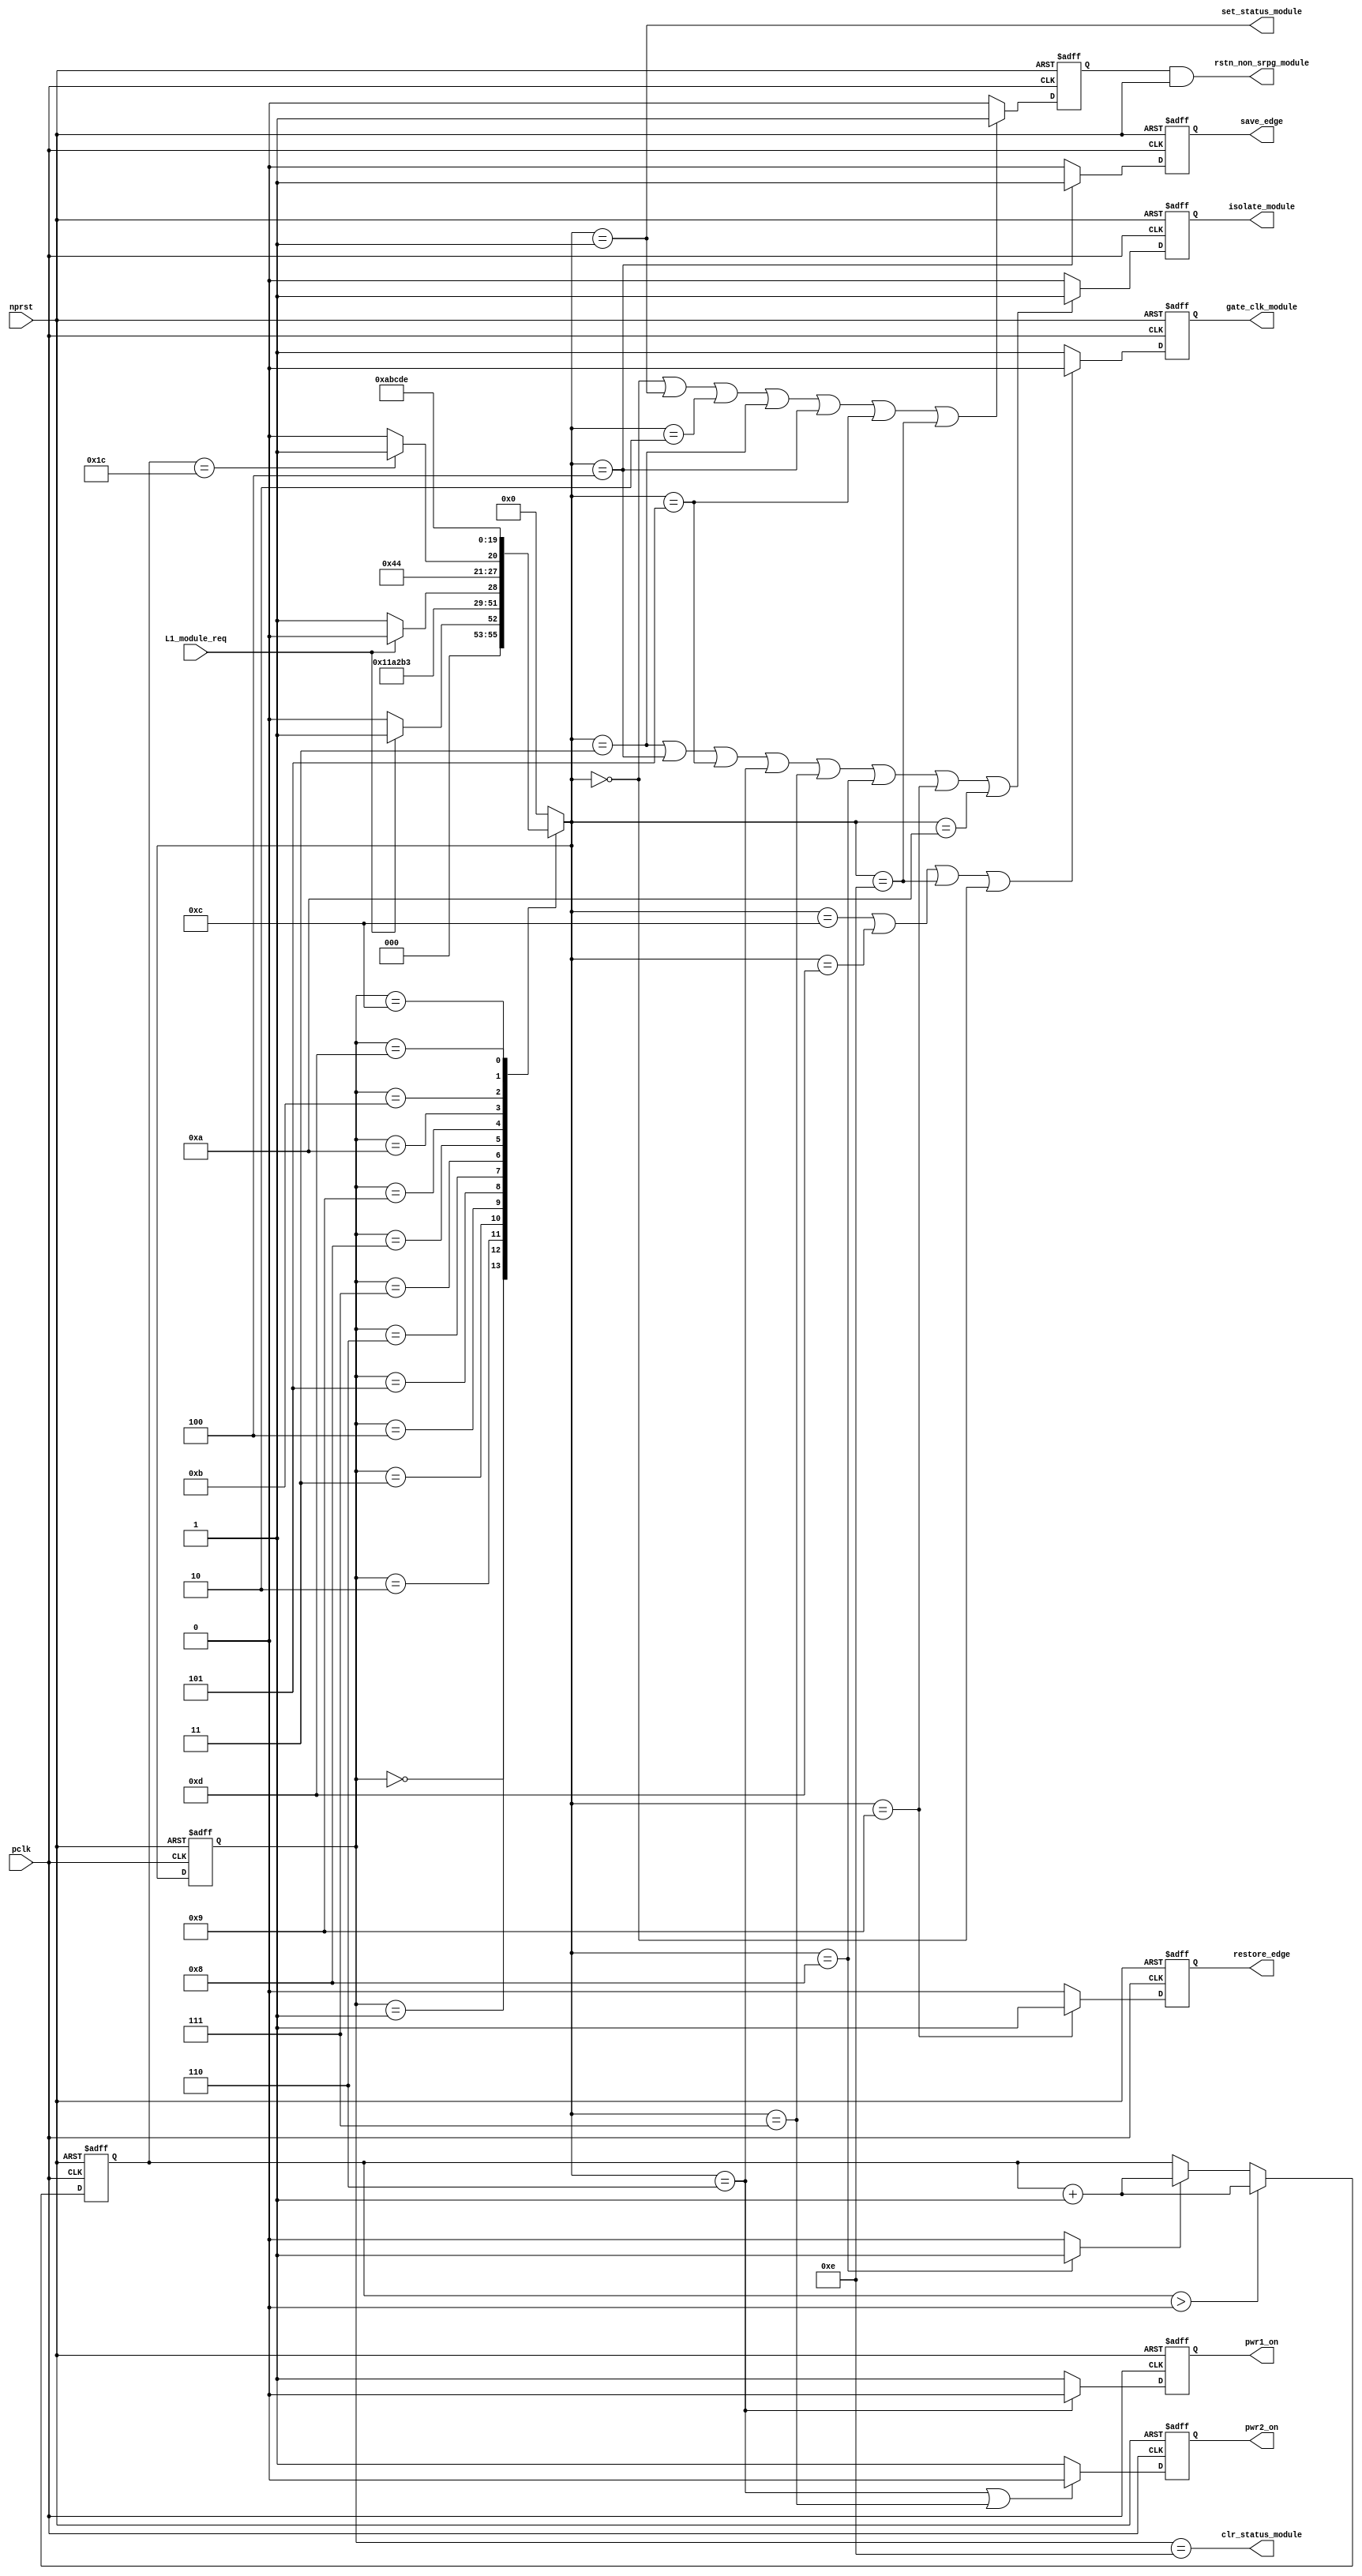
//Title       : Power Controller state machine
//Description : State machine of power controller
//Notes       : 
//----------------------------------------------------------------------
//   Copyright 1999-2010 Cadence Design Systems, Inc.
//   All Rights Reserved Worldwide
//
//   Licensed under the Apache License, Version 2.0 (the
//   "License"); you may not use this file except in
//   compliance with the License.  You may obtain a copy of
//   the License at
//
//       http://www.apache.org/licenses/LICENSE-2.0
//
//   Unless required by applicable law or agreed to in
//   writing, software distributed under the License is
//   distributed on an "AS IS" BASIS, WITHOUT WARRANTIES OR
//   CONDITIONS OF ANY KIND, either express or implied.  See
//   the License for the specific language governing
//   permissions and limitations under the License.
//----------------------------------------------------------------------
module power_ctrl_sm (

    // Clocks & Reset
    pclk,
    nprst,

    // Register Control inputs
    L1_module_req,
    set_status_module,
    clr_status_module,

    // Module control outputs
    rstn_non_srpg_module,
    gate_clk_module,
    isolate_module,
    save_edge,
    restore_edge,
    pwr1_on,
    pwr2_on

);

input    pclk;
input    nprst;

input    L1_module_req;
output   set_status_module;
output   clr_status_module;
    
output   rstn_non_srpg_module;
output   gate_clk_module;
output   isolate_module;
output   pwr1_on;
output   pwr2_on;
output save_edge;
output restore_edge;

wire    set_status_module;
wire    clr_status_module;

wire    rstn_non_srpg_module;
reg     gate_clk_module;
reg     isolate_module;
reg     pwr1_on;
reg     pwr2_on;

reg save_edge;

reg restore_edge;
   
// FSM state
reg  [3:0] currentState, nextState;
reg     rstn_non_srpg;
reg [4:0] trans_cnt;

parameter Init = 0; 
parameter Clk_off = 1; 
parameter Wait1 = 2; 
parameter Isolate = 3; 
parameter Save_edge = 4; 
parameter Pre_pwr_off = 5; 
parameter Pwr_off = 6; 
parameter Pwr_on1 = 7; 
parameter Pwr_on2 = 8; 
parameter Restore_edge = 9; 
parameter Wait2 = 10; 
parameter De_isolate = 11; 
parameter Clk_on = 12; 
parameter Wait3 = 13; 
parameter Rst_clr = 14;


// Power Shut Off State Machine

// FSM combinational process
always @  (*)
  begin
    case (currentState)

      // Commence PSO once the L1 req bit is set.
      Init:
        if (L1_module_req == 1'b1)
          nextState = Clk_off;         // Gate the module's clocks off
        else
          nextState = Init;            // Keep waiting in Init state
        
      Clk_off :
        nextState = Wait1;             // Wait for one cycle
 
      Wait1  :                         // Wait for clk gating to take effect
        nextState = Isolate;           // Start the isolation process
          
      Isolate :
        nextState = Save_edge;
        
      Save_edge :
        nextState = Pre_pwr_off;

      Pre_pwr_off :
        nextState = Pwr_off;
      // Exit PSO once the L1 req bit is clear.

      Pwr_off :
        if (L1_module_req == 1'b0)
          nextState = Pwr_on1;         // Resume power if the L1_module_req bit is cleared
        else
          nextState = Pwr_off;         // Wait until the L1_module_req bit is cleared
        
      Pwr_on1 :
        nextState = Pwr_on2;
          
      Pwr_on2 :
        if(trans_cnt == 5'd28)
          nextState = Restore_edge;
        else 
          nextState = Pwr_on2;
          
      Restore_edge :
        nextState = Wait2;

      Wait2 :
        nextState = De_isolate;
          
      De_isolate :
        nextState = Clk_on;
          
      Clk_on :
        nextState = Wait3;
          
      Wait3  :                         // Wait for clock to resume
        nextState = Rst_clr ;     
 
      Rst_clr :
        nextState = Init;
        
      default  :                       // Catch all
        nextState = Init; 
        
    endcase
  end


  // Signals Sequential process - gate_clk_module
always @ (posedge pclk or negedge nprst)
  begin
    if (~nprst)
      gate_clk_module <= 1'b0;
    else 
      if (nextState == Clk_on | nextState == Wait3 | nextState == Rst_clr | 
          nextState == Init)
          gate_clk_module <= 1'b0;
      else
          gate_clk_module <= 1'b1;
  end

// Signals Sequential process - rstn_non_srpg
always @ (posedge pclk or negedge nprst)
  begin
    if (~nprst)
      rstn_non_srpg <= 1'b0;
    else
      if ( nextState == Init | nextState == Clk_off | nextState == Wait1 | 
           nextState == Isolate | nextState == Save_edge | nextState == Pre_pwr_off | nextState == Rst_clr)
        rstn_non_srpg <= 1'b1;
      else
        rstn_non_srpg <= 1'b0;
   end


// Signals Sequential process - pwr1_on & pwr2_on
always @ (posedge pclk or negedge nprst)
  begin
    if (~nprst)
      pwr1_on <=  1'b1;  // power gates 1 & 2 are on
    else
      if (nextState == Pwr_off )
        pwr1_on <= 1'b0;  // shut off both power gates 1 & 2
      else
        pwr1_on <= 1'b1;
  end


// Signals Sequential process - pwr1_on & pwr2_on
always @ (posedge pclk or negedge nprst)
  begin
    if (~nprst)
       pwr2_on <= 1'b1;      // power gates 1 & 2 are on
    else
      if (nextState == Pwr_off | nextState == Pwr_on1)
        pwr2_on <= 1'b0;     // shut off both power gates 1 & 2
      else
        pwr2_on <= 1'b1;
   end


// Signals Sequential process - isolate_module 
always @ (posedge pclk or negedge nprst)
  begin
    if (~nprst)
        isolate_module <= 1'b0;
    else
      if (nextState == Isolate | nextState == Save_edge | nextState == Pre_pwr_off |  nextState == Pwr_off | nextState == Pwr_on1 |
          nextState == Pwr_on2 | nextState == Restore_edge | nextState == Wait2)
         isolate_module <= 1'b1;       // Activate the isolate and retain signals
      else
         isolate_module <= 1'b0;        
   end    

// enabling save edge
always @ (posedge pclk or negedge nprst)
  begin
    if (~nprst)
        save_edge <= 1'b0;
    else
      if (nextState == Save_edge )
         save_edge <= 1'b1;       // Activate the isolate and retain signals
      else
         save_edge <= 1'b0;        
   end    
// stabilising count
wire restore_change;
assign restore_change = (nextState == Pwr_on2) ? 1'b1: 1'b0;

always @ (posedge pclk or negedge nprst)
  begin
    if (~nprst)
      trans_cnt <= 0;
    else if (trans_cnt > 0)
      trans_cnt  <= trans_cnt + 1;
    else if (restore_change)
      trans_cnt  <= trans_cnt + 1;
  end

// enabling restore edge
always @ (posedge pclk or negedge nprst)
  begin
    if (~nprst)
        restore_edge <= 1'b0;
    else
      if (nextState == Restore_edge)
         restore_edge <= 1'b1;       // Activate the isolate and retain signals
      else
         restore_edge <= 1'b0;        
   end    


// FSM Sequential process
always @ (posedge pclk or negedge nprst)
  begin
    if (~nprst)
      currentState <= Init;
    else
      currentState <= nextState;
  end


// Reset for non-SRPG FFs is a combination of the nprst and the reset during PSO
assign  rstn_non_srpg_module = rstn_non_srpg & nprst;

assign  set_status_module = (nextState == Clk_off);    // Set the L1 status bit  
assign  clr_status_module = (currentState == Rst_clr); // Clear the L1 status bit  
  

`ifdef LP_ABV_ON

// psl default clock = (posedge pclk);

// Never have the set and clear status signals both set
// psl output_no_set_and_clear : assert never {set_status_module & clr_status_module};



// Isolate signal should become active on the 
// Next clock after Gate signal is activated
// psl output_pd_seq:
//    assert always
//	  {rose(gate_clk_module)} |=> {[*1]; {rose(isolate_module)} }
//    abort(~nprst);
//
//
//
// Reset signal for Non-SRPG FFs and POWER signal for
// SMC should become LOW on clock cycle after Isolate 
// signal is activated
// psl output_pd_seq_stg_2:
//    assert always
//    {rose(isolate_module)} |=>
//    {[*2]; {{fell(rstn_non_srpg_module)} && {fell(pwr1_on)}} }
//    abort(~nprst);
//
//
// Whenever pwr1_on goes to LOW pwr2_on should also go to LOW
// psl output_pwr2_low:
//    assert always
//    { fell(pwr1_on) } |->  { fell(pwr2_on) }
//    abort(~nprst);
//
//
// Whenever pwr1_on becomes HIGH , On Next clock cycle pwr2_on
// should also become HIGH
// psl output_pwr2_high:
//    assert always
//    { rose(pwr1_on) } |=>  { (pwr2_on) }
//    abort(~nprst);
//
`endif


endmodule